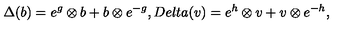
\Delta ( b ) = e ^ { g } \otimes b + b \otimes e ^ { - g } , D e l t a ( v ) = e ^ { h } \otimes v + v \otimes e ^ { - h } ,